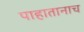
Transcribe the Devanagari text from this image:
पाहातानाच